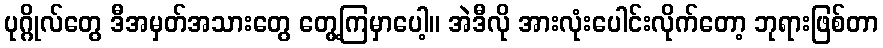
ပုဂ္ဂိုလ်တွေ ဒီအမှတ်အသားတွေ တွေ့ကြမှာပေါ့။ အဲဒီလို အားလုံးပေါင်းလိုက်တော့ ဘုရားဖြစ်တာ